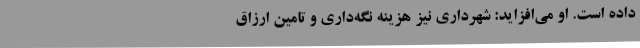
داده است. او می‌افزاید: شهرداری نیز هزینه نگه‌داری و تامین ارزاق